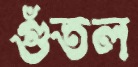
গুঁতল